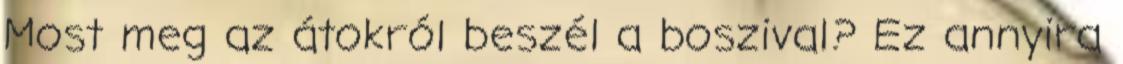
Most meg az átokról beszél a boszival? Ez annyira